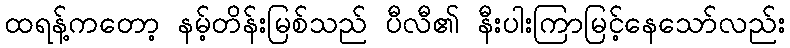
ထရန့်ကတော့ နမ့်တိန်းမြစ်သည် ပီလီ၏ နီးပါးကြာမြင့်နေသော်လည်း